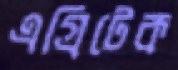
এগ্রিটেক